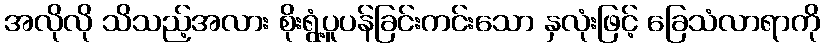
အလိုလို သိသည့်အလား စိုးရွံ့ပူပန်ခြင်းကင်းသော နှလုံးဖြင့် ခြေသံလာရာကို